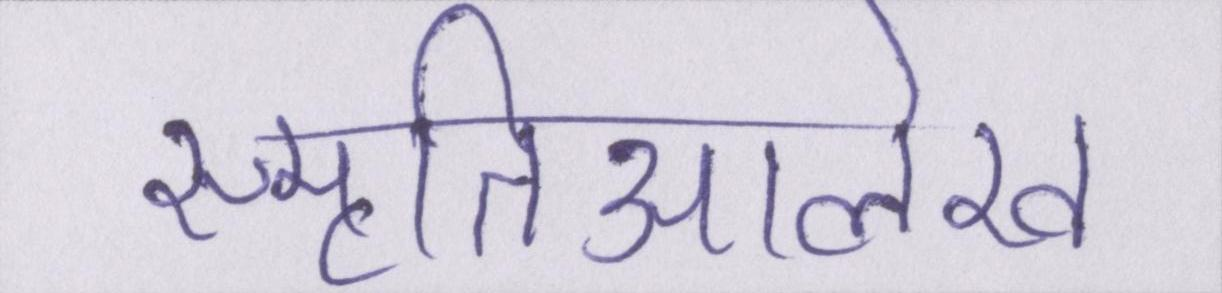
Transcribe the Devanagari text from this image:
स्मृतिआलेख